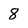
Character: 8